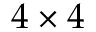
4 \times 4